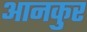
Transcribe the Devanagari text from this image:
आनकुर